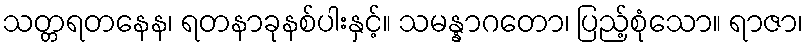
သတ္တရတနေန၊ ရတနာခုနစ်ပါးနှင့်။ သမန္နာဂတော၊ ပြည့်စုံသော။ ရာဇာ၊